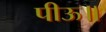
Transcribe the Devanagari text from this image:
पीऊ॥